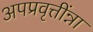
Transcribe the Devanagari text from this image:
अपप्रवृत्तींन्ना